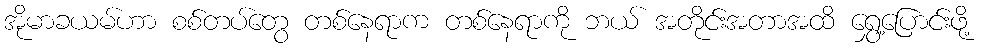
အိုမာခယမ်ဟာ စစ်တပ်တွေ တစ်နေရာက တစ်နေရာကို ဘယ် အတိုင်းအတာအထိ ရွှေ့ပြောင်းဖို့